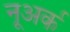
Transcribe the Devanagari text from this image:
नूअर्क